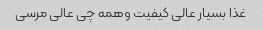
غذا بسیار عالی کیفیت وهمه چی عالی مرسی